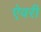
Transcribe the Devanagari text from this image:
ऐवरी